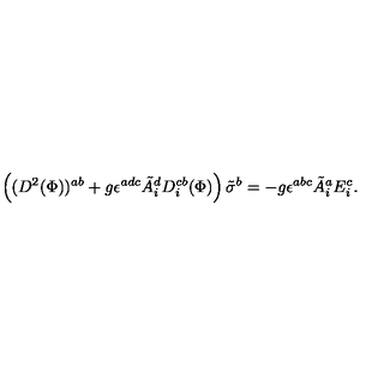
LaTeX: \left( ( D ^ { 2 } ( { \Phi } ) ) ^ { a b } + g \epsilon ^ { a d c } { \tilde { A } } _ { i } ^ { d } D _ { i } ^ { c b } ( { \Phi } ) \right) \tilde { \sigma } ^ { b } = - g \epsilon ^ { a b c } { \tilde { A } } _ { i } ^ { a } E _ { i } ^ { c } .